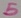
Text: 5